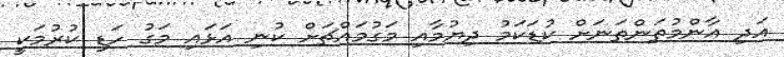
އަދި އާންމުތަންތަނަށް ކުޑަކަމު ދިޔުމާއި މަގުމައްޗަށް ކުނި އަޅައި މަގު ހަޑި ކުރުމަކީ